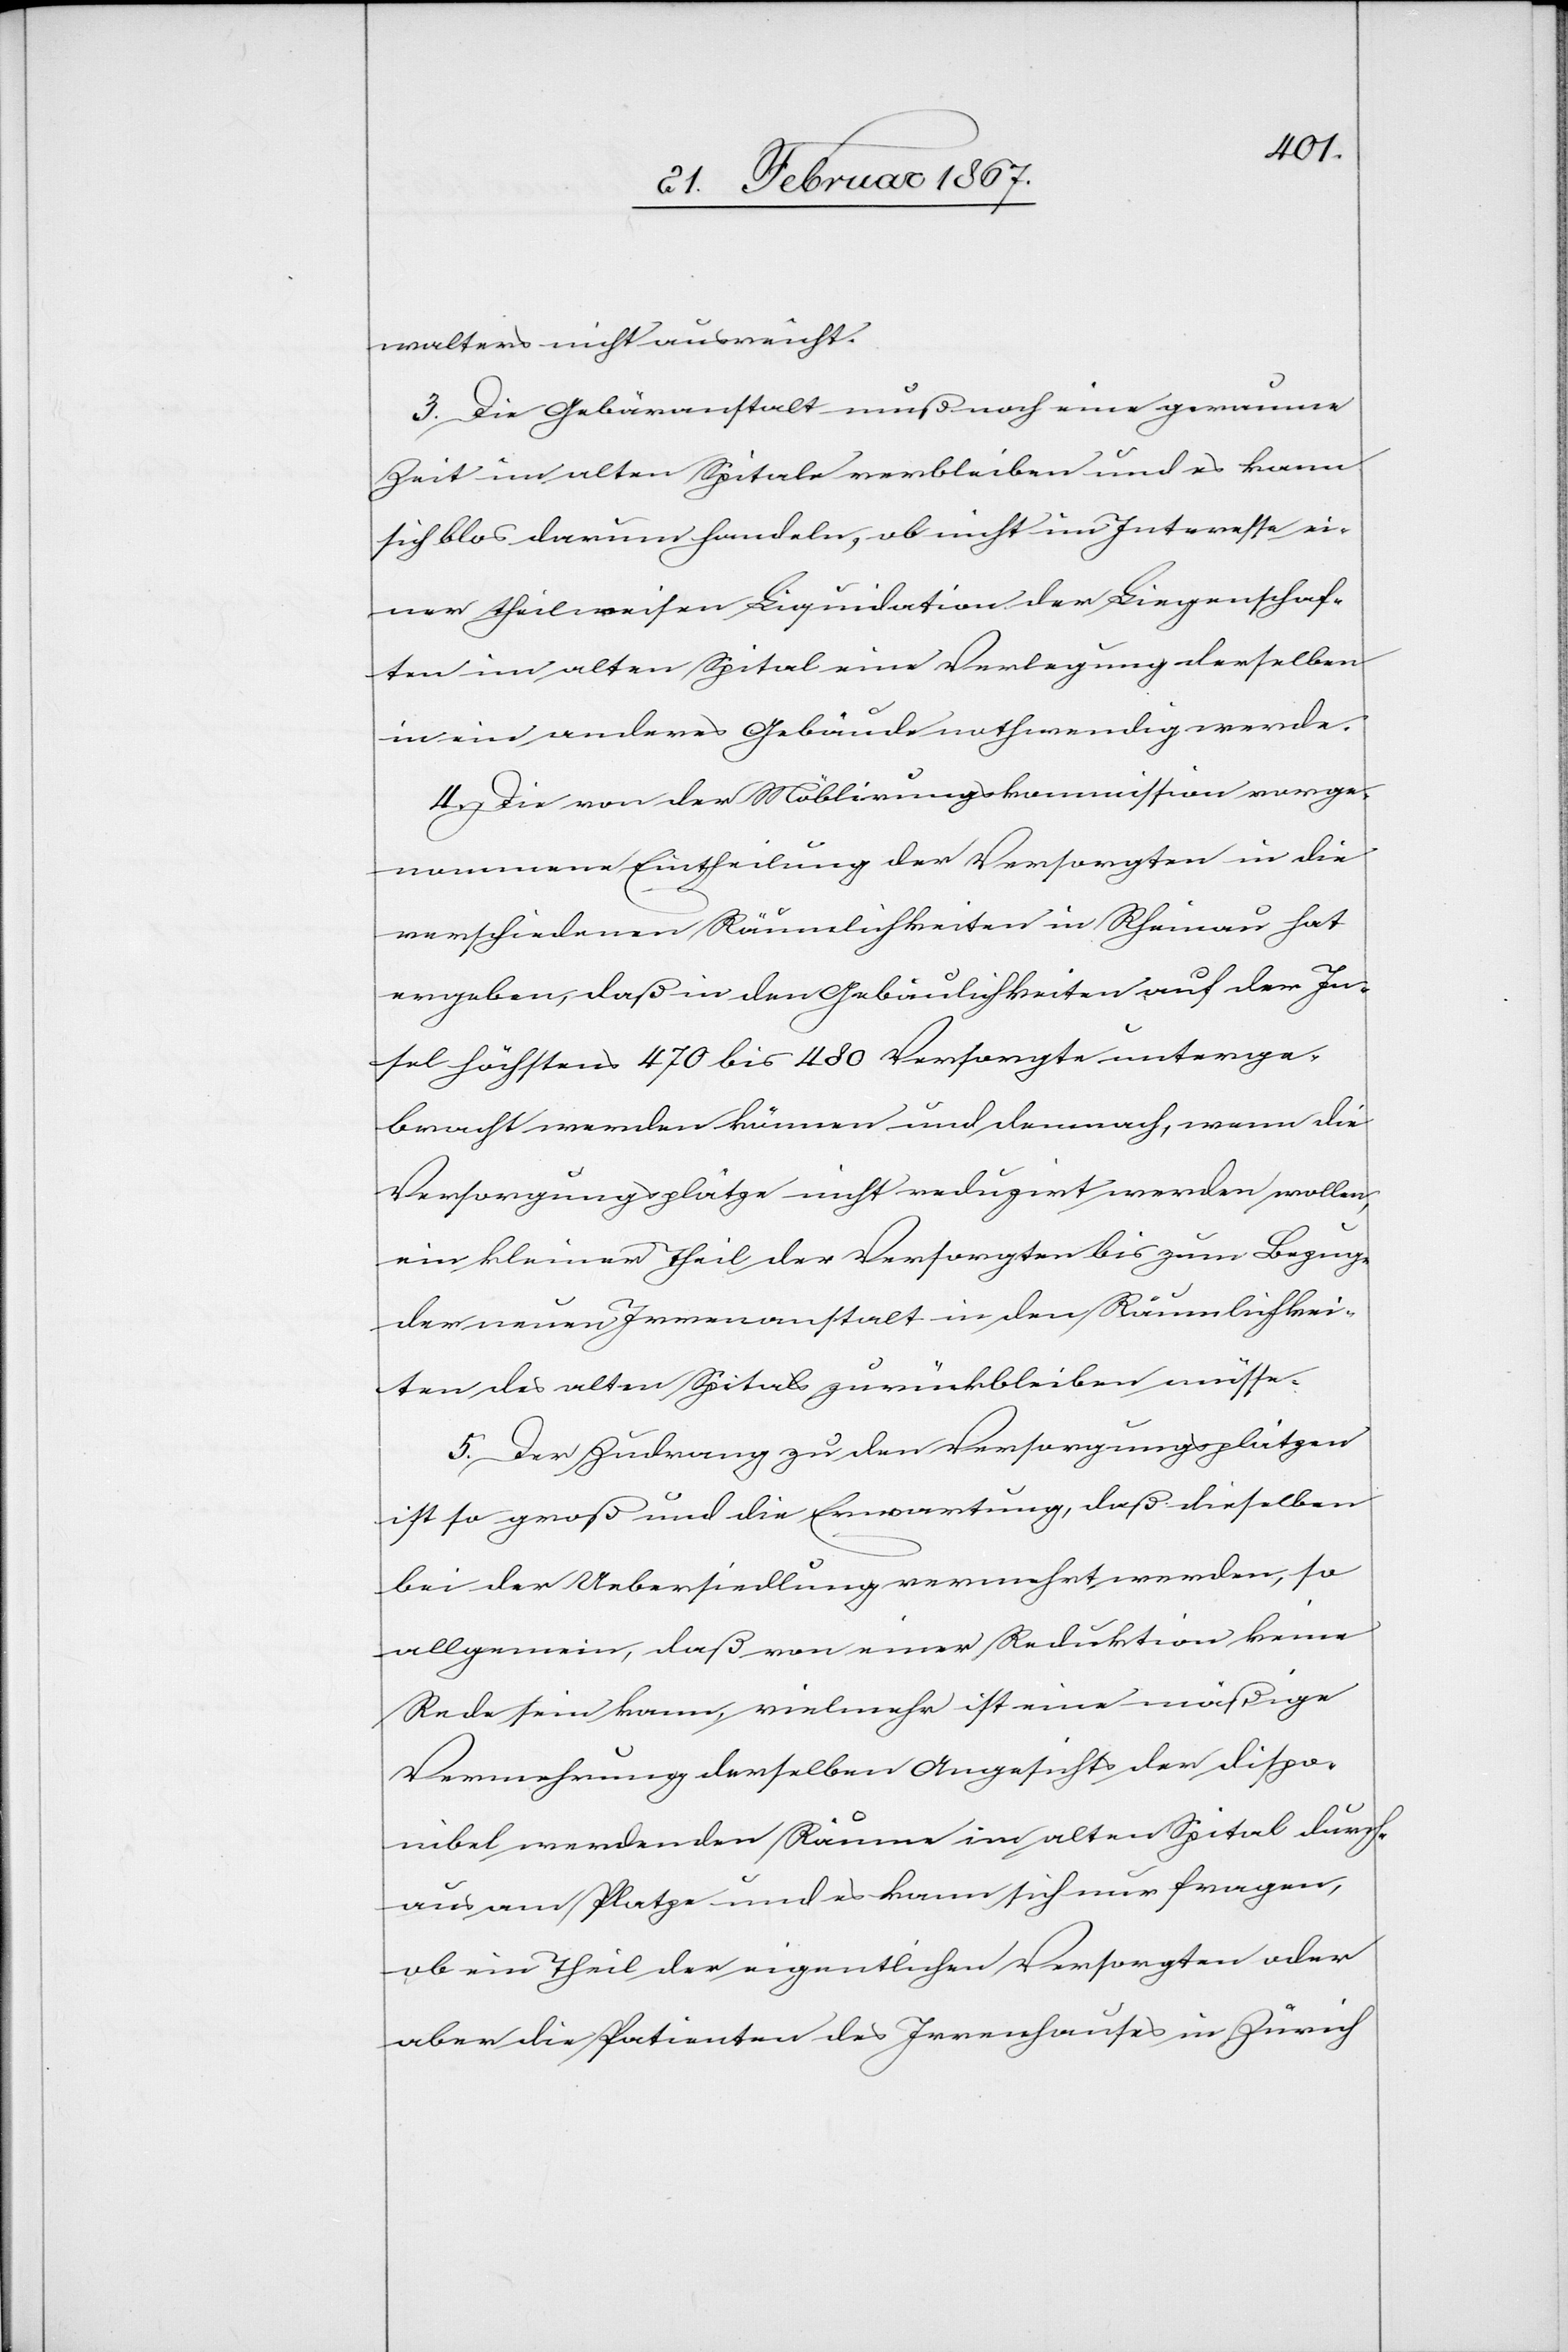
walters nicht ausreicht.
3. Die Gebäranstalt muß noch eine geraume
Zeit im alten Spitale verbleiben und es kann
sich blos darum handeln, ob nicht im Interesse ei¬
ner theilweisen Liquidation der Liegenschaf¬
ten im alten Spital eine Verlegung derselben
in ein anderes Gebäude nothwendig werde.
4. Die von der Möblirungskommission vorge¬
nommene Eintheilung der Versorgten in die
verschiedenen Räumlichkeiten in Rheinau hat
ergeben, daß in den Gebäulichkeiten auf der In¬
sel höchstens 470 bis 480 Versorgte unterge¬
bracht werden können und demnach, wenn die
Versorgungsplätze nicht reduzirt werden wollen,
ein kleiner Theil der Versorgten bis zum Bezug
der neuen Irrenanstalt in den Räumlichkei¬
ten des alten Spitals zurückbleiben müsse.
5. Der Zudrang zu den Versorgungsplätzen
ist so groß und die Erwartung, daß dieselben
bei der Uebersiedlung vermehrt werden, so
allgemein, daß von einer Reduktion keine
Rede sein kann, vielmehr ist eine mäßige
Vermehrung derselben Angesichts der dispo¬
nibel werdenden Räume im alten Spital durch¬
aus am Platze und es kann sich nur fragen,
ob ein Theil der eigentlichen Versorgten oder
aber die Patienten des Irrenhauses in Zürich